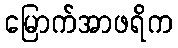
မြောက်အာဖရိက